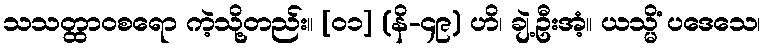
သသတ္ထာဝစရော ကဲ့သို့တည်း။ [၀၁] (နိ-၄၉) ဟိ၊ ချဲ့ဦးအံ့။ ယသ္မိံ ပဒေသေ၊